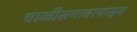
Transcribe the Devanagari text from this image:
चाळीसगावापासून